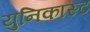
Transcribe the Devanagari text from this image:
युनिकास्ट